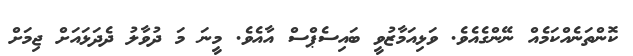
ކޮންތަނެއްކަމެއް ނޭންގެއެވެ. ވަޅިއަމާޒުވީ ބައިސެޕްސް އާއެވެ. މީނަ މަ ދުވާލު ދެދަޅައަށް ޖިމަށް